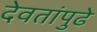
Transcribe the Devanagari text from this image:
देवतांपुढे